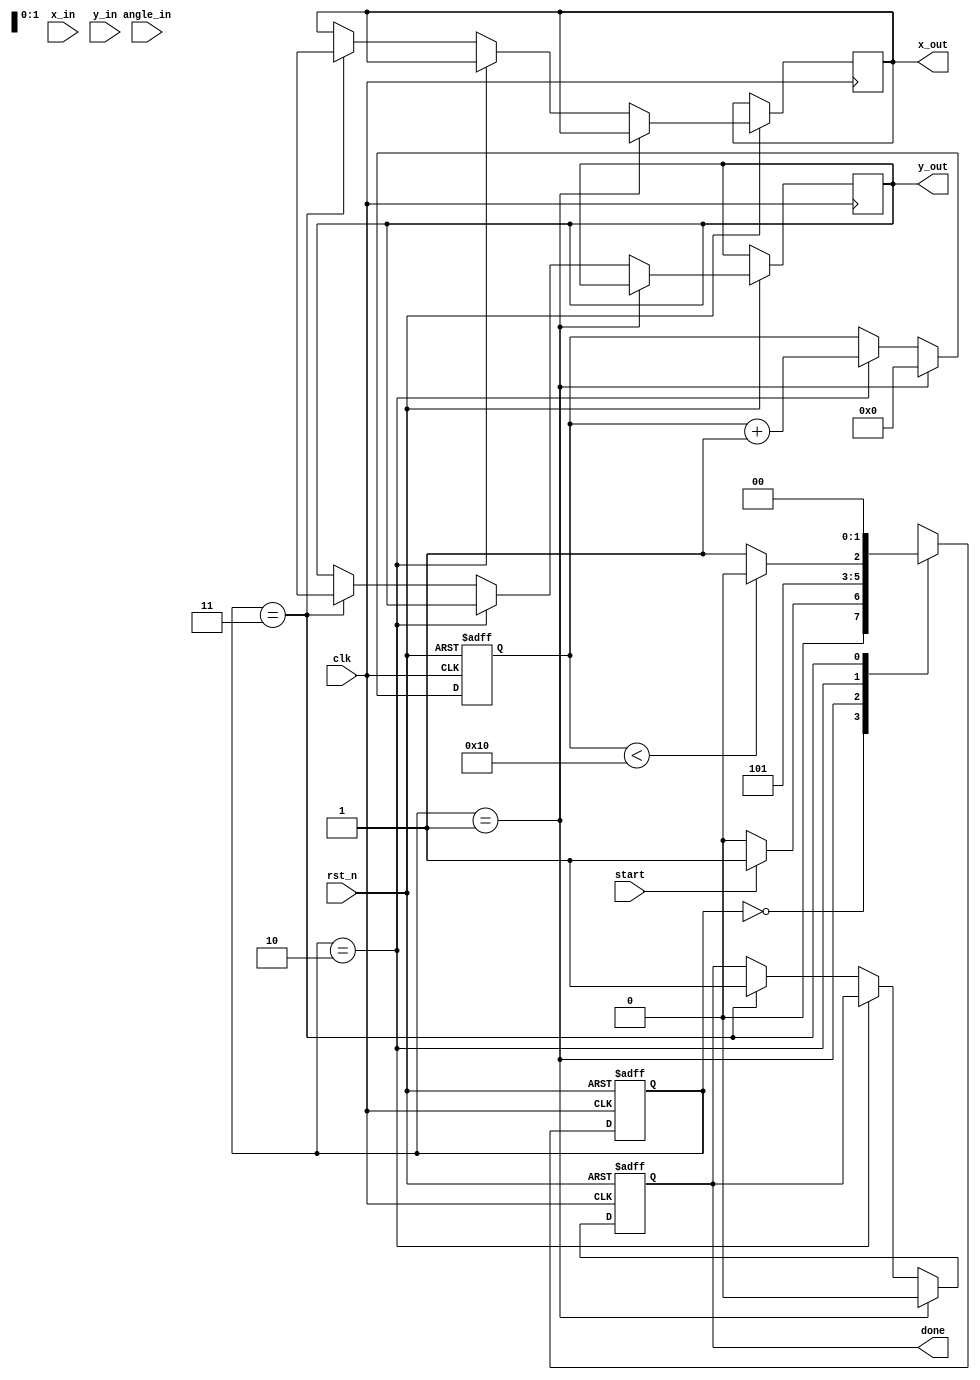
module modified_cordic (
    input wire clk,
    input wire rst_n,
    input wire start,
    input wire [15:0] x_in,         // Input x coordinate (Qm.n format)
    input wire [15:0] y_in,         // Input y coordinate (Qm.n format)
    input wire [15:0] angle_in,     // Input angle in radians (Qm.n format)
    output reg [15:0] x_out,        // Output x coordinate (Qm.n format)
    output reg [15:0] y_out,        // Output y coordinate (Qm.n format)
    output reg done                 // Operation completion signal
);

    // Parameters
    parameter NUM_ITERATIONS = 16;  // Number of CORDIC iterations
    parameter [15:0] K = 16'h5A82;   // Scaling factor (K = 1/sqrt(1+2^-2) for 16-bit)
    
    // Internal signals
    reg [15:0] x [0:NUM_ITERATIONS-1]; // x values for iterations
    reg [15:0] y [0:NUM_ITERATIONS-1]; // y values for iterations
    reg [15:0] angle [0:NUM_ITERATIONS-1]; // Predefined angles
    reg [3:0] iter;                   // Iteration counter
    reg [1:0] state;                  // FSM state
    reg [1:0] next_state;             // Next state for FSM

    // FSM states
    localparam IDLE = 2'b00,
               INIT = 2'b01,
               ITERATE = 2'b10,
               DONE = 2'b11;

    // Predefined angles (arctan values)
    initial begin
        angle[0] = 16'h26B2; // atan(2^-0)
        angle[1] = 16'h1D78; // atan(2^-1)
        angle[2] = 16'h16C8; // atan(2^-2)
        angle[3] = 16'h0F9D; // atan(2^-3)
        // Add more angles as needed...
    end

    // State Machine
    always @(posedge clk or negedge rst_n) begin
        if (!rst_n) begin
            state <= IDLE;
            iter <= 0;
            done <= 0;
        end else begin
            state <= next_state;
            if (state == INIT) begin
                x[0] <= x_in;
                y[0] <= y_in;
                iter <= 0;
                done <= 0;
            end else if (state == ITERATE) begin
                // Update CORDIC equations
                if (angle_in < 0) begin
                    x[iter + 1] <= x[iter] + (y[iter] >>> iter);
                    y[iter + 1] <= y[iter] - (x[iter] >>> iter);
                end else begin
                    x[iter + 1] <= x[iter] - (y[iter] >>> iter);
                    y[iter + 1] <= y[iter] + (x[iter] >>> iter);
                end
                iter <= iter + 1;
            end else if (state == DONE) begin
                x_out <= x[NUM_ITERATIONS];
                y_out <= y[NUM_ITERATIONS];
                done <= 1;
            end
        end
    end

    // Next state logic
    always @* begin
        case (state)
            IDLE: begin
                if (start) begin
                    next_state = INIT;
                end else begin
                    next_state = IDLE;
                end
            end
            INIT: begin
                next_state = ITERATE;
            end
            ITERATE: begin
                if (iter < NUM_ITERATIONS) begin
                    next_state = ITERATE;
                end else begin
                    next_state = DONE;
                end
            end
            DONE: begin
                next_state = IDLE;
            end
            default: next_state = IDLE;
        endcase
    end

endmodule